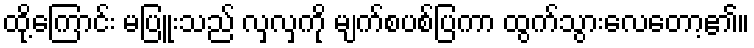
ထို့ကြောင်း မပြူးသည် လှလှကို မျက်စပစ်ပြကာ ထွက်သွားလေတော့၏။